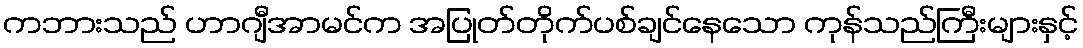
ကဘားသည် ဟာဂျီအာမင်က အပြုတ်တိုက်ပစ်ချင်နေသော ကုန်သည်ကြီးများနှင့်